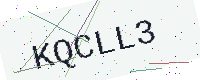
Text: KQCLL3